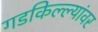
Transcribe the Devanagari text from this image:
गडकिल्ल्यांवर